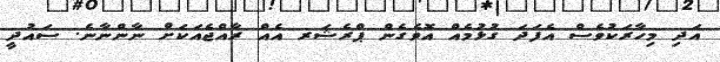
އަދި މިހާރަކުވެސް އެފަދަ ގުޅުމެއް އޮވެގެން ޕްރެޝަރ އެއް ރާއްޖެއަކަށް ނާންނާނެ. ސައުދީ